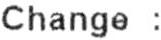
CHANGE :